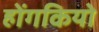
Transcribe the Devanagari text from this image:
होंगकियो